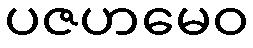
ပဇဟမေဝ